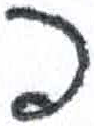
אות: פ